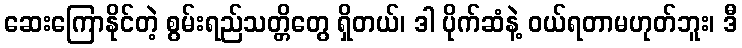
ဆေးကြောနိုင်တဲ့ စွမ်းရည်သတ္တိတွေ ရှိတယ်၊ ဒါ ပိုက်ဆံနဲ့ ဝယ်ရတာမဟုတ်ဘူး၊ ဒီ